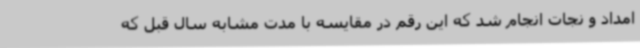
امداد و نجات انجام شد که این رقم در مقایسه با مدت مشابه سال قبل که